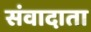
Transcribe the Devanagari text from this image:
संवादाता